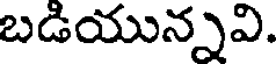
బడియున్నవి.